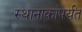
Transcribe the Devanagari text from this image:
स्थानाकांपर्यंत